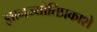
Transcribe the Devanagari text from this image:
ज्ञानज्योतिप्रकाशे